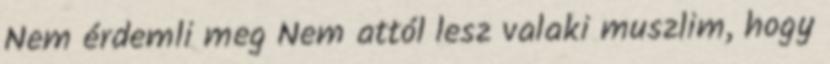
Nem érdemli meg Nem attól lesz valaki muszlim, hogy